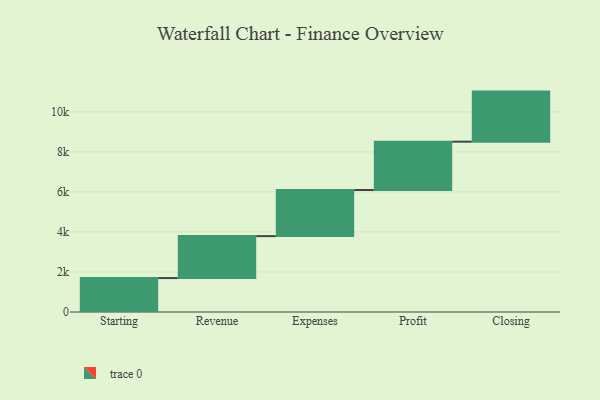
{"axis": {"x": "Step", "y": "Value"}, "legend": [""], "data": [{"x": "Starting", "y": 1696.0, "type": ""}, {"x": "Revenue", "y": 2096.0, "type": ""}, {"x": "Expenses", "y": 2303.0, "type": ""}, {"x": "Profit", "y": 2416.0, "type": ""}, {"x": "Closing", "y": 2502.0, "type": ""}]}